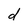
Character: d